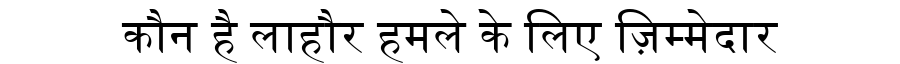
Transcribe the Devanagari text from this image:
कौन है लाहौर हमले के लिए ज़िम्मेदार